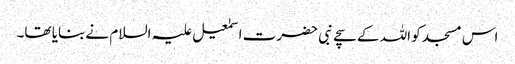
اس مسجد کو اللہ کے سچے نبی حضرت اسمٰعیل علیہ السلام نے بنایا تھا۔